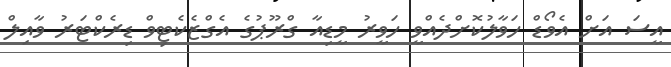
އީސަ އަށް އެވޯޑް ހަވާލުކޮށްދެއްވީ ހަވީރު މީޑިއާ ގްރޫޕުގެ އެގްޒެކެޓިވް ޑިރެކްޓަރު ވާއިލް